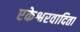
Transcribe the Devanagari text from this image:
एकेश्वरवादिता